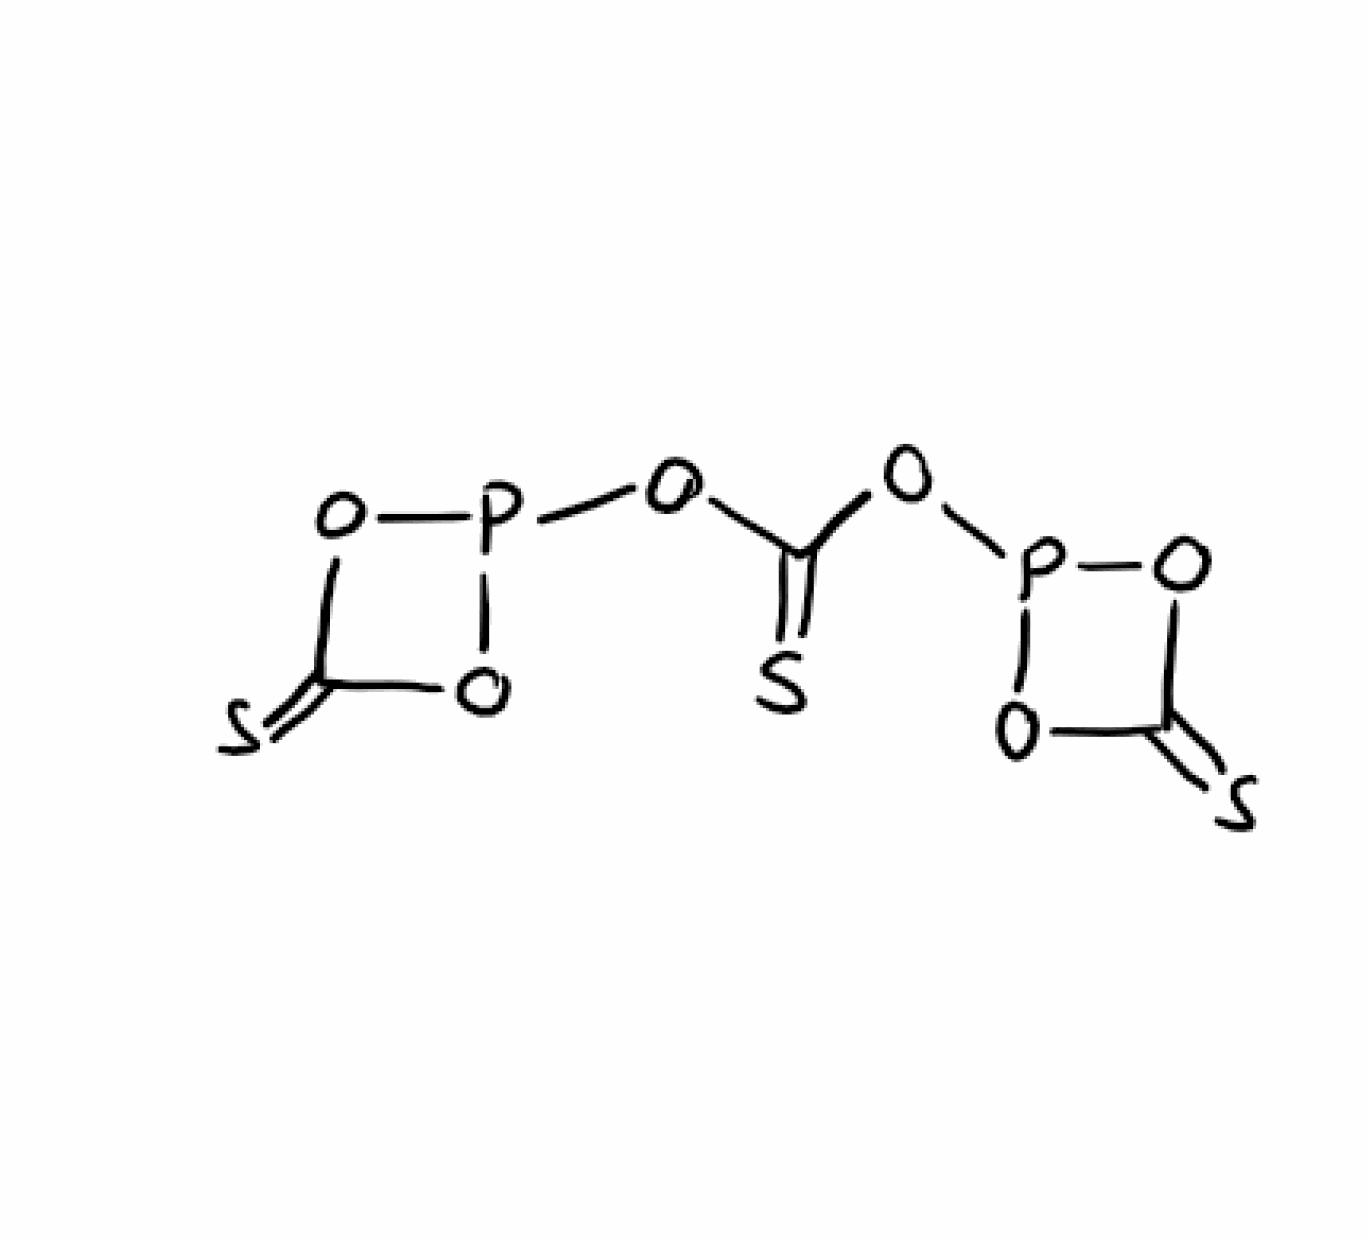
Simplified molecular-input line-entry system (SMILES) notation of the given molecule:
C1(=S)OP(O1)OC(=S)OP2OC(=S)O2